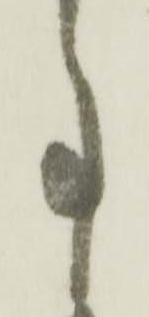
事